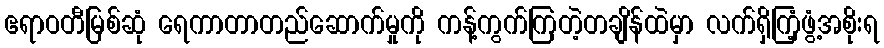
ဧရာဝတီမြစ်ဆုံ ရေကာတာတည်ဆောက်မှုကို ကန့်ကွက်ကြတဲ့တချိန်ထဲမှာ လက်ရှိကြံ့ဖွံ့အစိုးရ